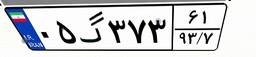
۰۵گ۳۷۳۶۱